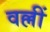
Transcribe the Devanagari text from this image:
वल्लीं